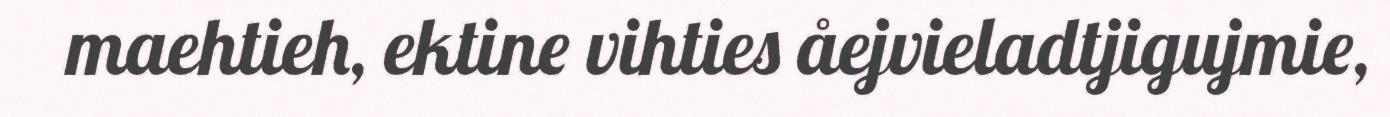
maehtieh, ektine vihties åejvieladtjigujmie,